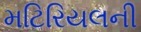
મટિરિયલની